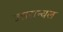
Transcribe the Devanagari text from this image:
उत्तरान्चल